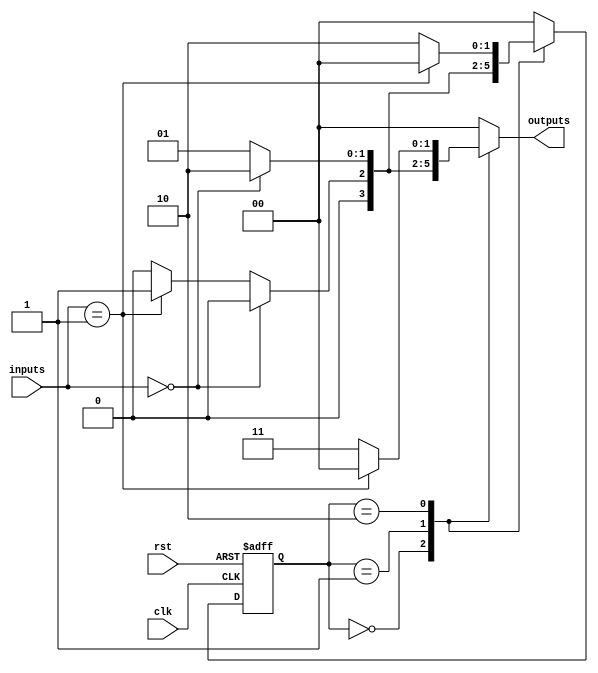
module MealyStateMachine #(parameter N = 2) (
    input wire clk,
    input wire rst,
    input wire[1:0] inputs,  // Assuming 2 input signals
    output reg[1:0] outputs   // Outputs can be adjusted based on requirements
);

// State encoding
localparam STATE_A = 2'b00,
           STATE_B = 2'b01,
           STATE_C = 2'b10;

// State register
reg [N-1:0] current_state, next_state;

// Combinational logic for next state and output generation
always @(*) begin
    case (current_state)
        STATE_A: begin
            if (inputs == 2'b00) begin
                next_state = STATE_A;
                outputs = 2'b00; // Output for STATE_A
            end else if (inputs == 2'b01) begin
                next_state = STATE_B;
                outputs = 2'b01; // Output for transitioning to STATE_B
            end else begin
                next_state = STATE_A;
                outputs = 2'b00; // Default output
            end
        end
        
        STATE_B: begin
            if (inputs == 2'b00) begin
                next_state = STATE_C;
                outputs = 2'b10; // Output for transitioning to STATE_C
            end else begin
                next_state = STATE_B;
                outputs = 2'b01; // Output for STATE_B
            end
        end
        
        STATE_C: begin
            if (inputs == 2'b01) begin
                next_state = STATE_A;
                outputs = 2'b00; // Output for transitioning back to STATE_A
            end else begin
                next_state = STATE_C;
                outputs = 2'b11; // Output for STATE_C
            end
        end
        
        default: begin
            next_state = STATE_A;
            outputs = 2'b00; // Default state and output
        end
    endcase
end

// Sequential logic for state register with reset
always @(posedge clk or posedge rst) begin
    if (rst) begin
        current_state <= STATE_A;  // Reset to initial state
    end else begin
        current_state <= next_state; // Update state on clock edge
    end
end

endmodule